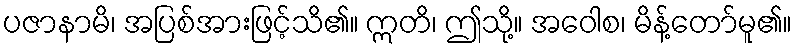
ပဇာနာမိ၊ အပြစ်အားဖြင့်သိ၏။ ဣတိ၊ ဤသို့။ အဝေါစ၊ မိန့်တော်မူ၏။